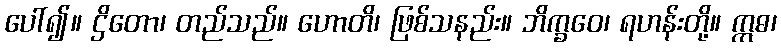
ပေါ်၍။ ဌိတော၊ တည်သည်။ ဟောတိ၊ ဖြစ်သနည်း။ ဘိက္ခဝေ၊ ရဟန်းတို့။ ဣဓ၊